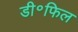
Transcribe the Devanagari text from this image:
डी॰फिल